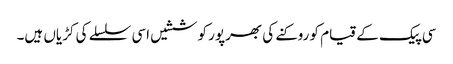
سی پیک کے قیام کو روکنے کی بھرپور کوششیں اسی سلسلے کی کڑیاں ہیں۔